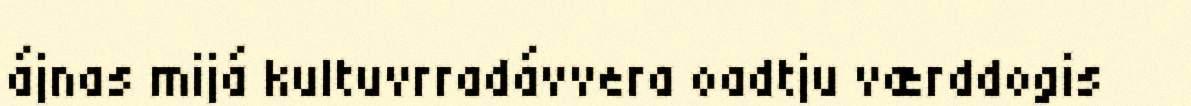
ájnas mijá kultuvrradávvera oadtju værddogis